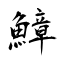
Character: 鱆